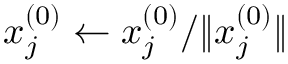
x _ { j } ^ { ( 0 ) } \leftarrow x _ { j } ^ { ( 0 ) } / \| x _ { j } ^ { ( 0 ) } \|